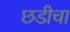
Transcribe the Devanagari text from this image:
छडीचा